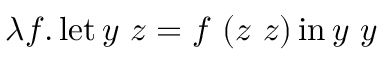
\lambda f . \operatorname { l e t } y \ z = f \ ( z \ z ) \operatorname { i n } y \ y